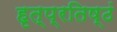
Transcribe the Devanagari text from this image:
हृत्प्रतिष्ठं